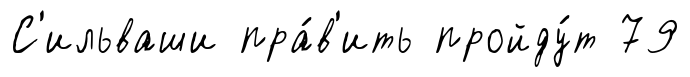
С'ильваши пра́в'ить пройду́т 79